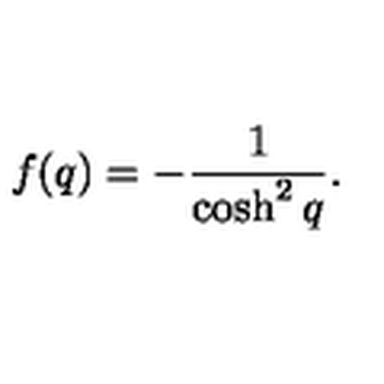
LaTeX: f ( q ) = - \frac { 1 } { \cosh ^ { 2 } q } .